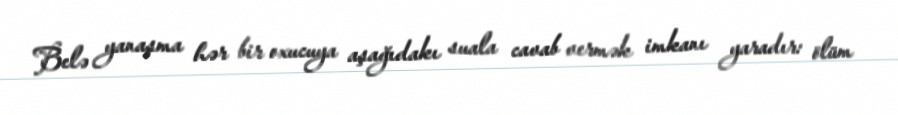
Belə yanaşma hər bir oxucuya aşağıdakı suala cavab vermək imkanı yaradır: ölüm